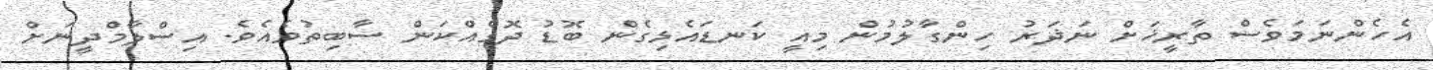
އެހެންނަމަވެސް ތާރީޚަށް ނަޛަރު ހިންގާލުމުން މިއީ ކަނޑައެޅިގެން ބޮޑު ދޮގެއްކަން ސާބިތުވެއެވެ. އިސްލާމްދީނަށް